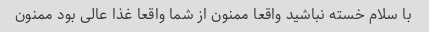
با سلام خسته نباشید واقعا ممنون از شما واقعا غذا عالی بود ممنون